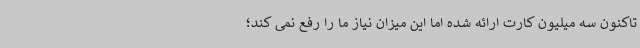
تاکنون سه میلیون کارت ارائه شده اما این میزان نیاز ما را رفع نمی کند؛